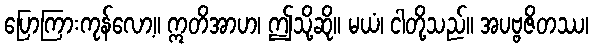
ပြောကြားကုန်လော့။ ဣတိအာဟ၊ ဤသို့ဆို။ မယံ၊ ငါတို့သည်။ အပဗ္ဗဇိတဿ၊